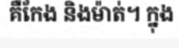
គឺកែង និងម៉ាត់។ ក្នុង